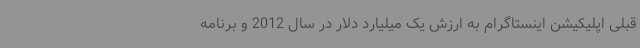
قبلی اپلیکیشن اینستاگرام به ارزش یک میلیارد دلار در سال 2012 و برنامه